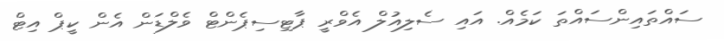
ސައްތައިންސައްތަ ކަމެއް. އައި ސެލިއުލް އެވްރީ ޕާޓިސިޕެންޓް ވެލްޑަން އެން ކީޕް އިޓް